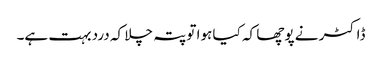
ڈاکٹر نے پوچھا کہ کیا ہوا تو پتہ چلا کہ درد بہت ہے۔